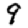
Digit: 9